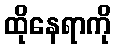
ထိုနေရာကို